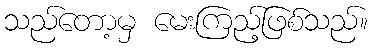
သည်တော့မှ မေးကြည့်ဖြစ်သည်။